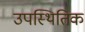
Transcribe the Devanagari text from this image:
उपस्थितिक